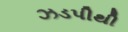
ઝડપીથી